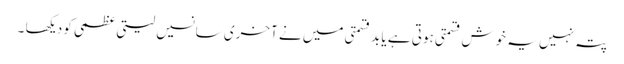
پتہ نہیں یہ خوش قسمتی ہوتی ہے یا بد قسمتی میں نے آخری سانسیں لیتی عظمی کو دیکھا ۔